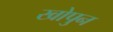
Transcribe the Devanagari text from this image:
खोपुन